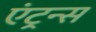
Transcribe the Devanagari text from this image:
एंट्रन्स